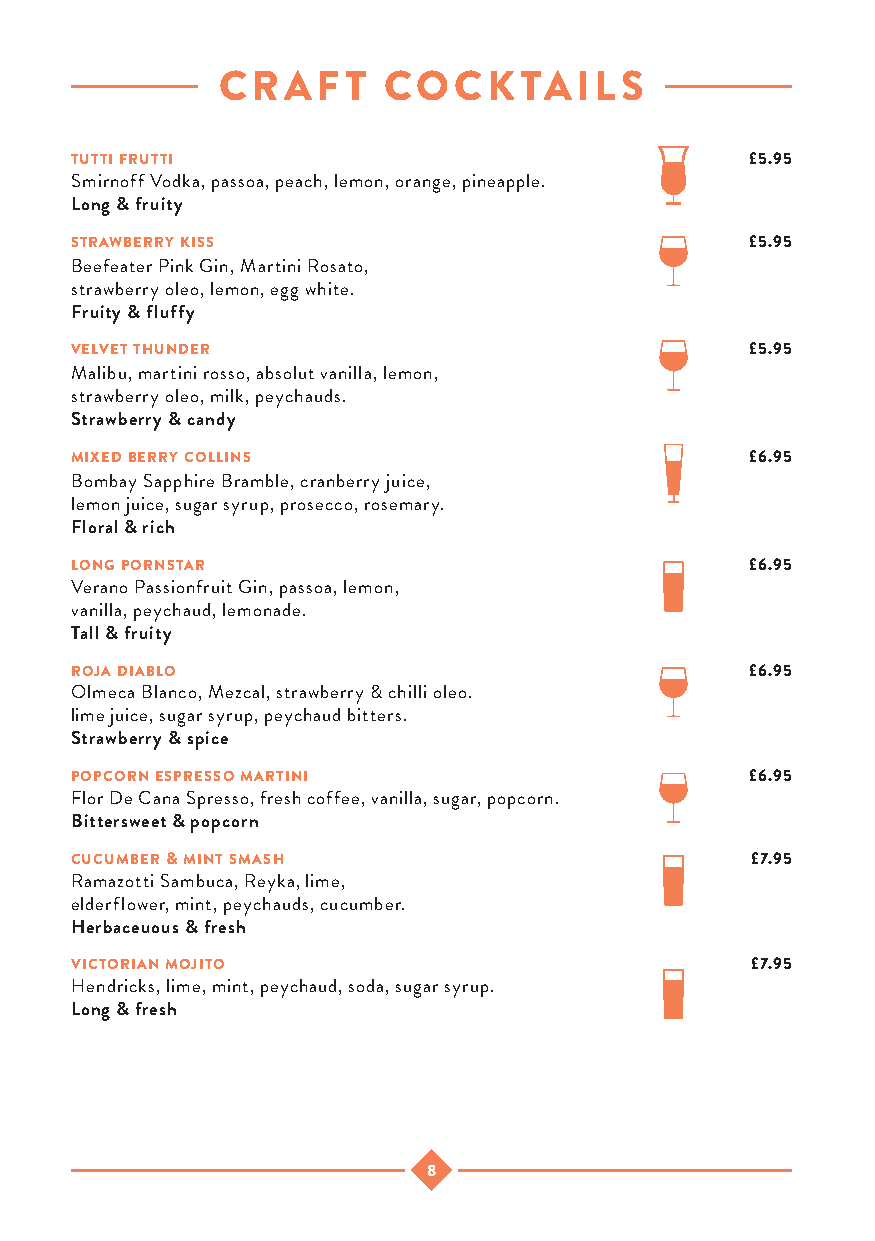
CRAFT      COCKTAILS
 tutti frutti                                 £5.95
 Smirnoff Vodka, passoa, peach, lemon, orange, pineapple.
 Long & fruity
 strawberry kiss                              £5.95
 Beefeater Pink Gin, Martini Rosato,
 strawberry oleo, lemon, egg white.
 Fruity & fluffy
 velvet thunder                               £5.95
 Malibu, martini rosso, absolut vanilla, lemon,
 strawberry oleo, milk, peychauds.
 Strawberry & candy
 mixed berry collins                          £6.95
 Bombay Sapphire Bramble, cranberry juice,
 lemon juice, sugar syrup, prosecco, rosemary.
 Floral & rich
 long pornstar                                £6.95
 Verano Passionfruit Gin, passoa, lemon,
 vanilla, peychaud, lemonade.
 Tall & fruity
 roja diablo                                  £6.95
 Olmeca Blanco, Mezcal, strawberry & chilli oleo.
 lime juice, sugar syrup, peychaud bitters.
 Strawberry & spice
 popcorn espresso martini                     £6.95
 Flor De Cana Spresso, fresh coffee, vanilla, sugar, popcorn.
 Bittersweet & popcorn
 cucumber & mint smash                        £7.95
 Ramazotti Sambuca, Reyka, lime,
 elderflower, mint, peychauds, cucumber.
 Herbaceuous & fresh
 victorian mojito                             £7.95
 Hendricks, lime, mint, peychaud, soda, sugar syrup.
 Long & fresh
 8